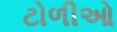
ટોળીઓ